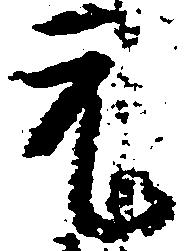
元